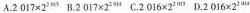
$$A.2017 \times 2^{2016}B.2017 \times 2^{2016}$$